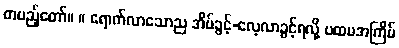
တပည့်တော်။ ။ ရောက်လာသောည အိပ်ခွင့်-လေ့လာခွင့်ရလို့ ပထမအကြိမ်